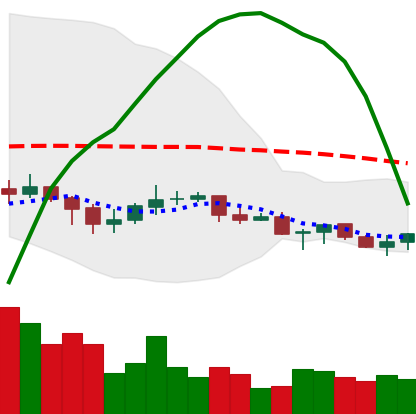
Ticker: XLM-USD
Chart end date: 2021-06-13
Forward return: -13.655%
Label: down_7plus